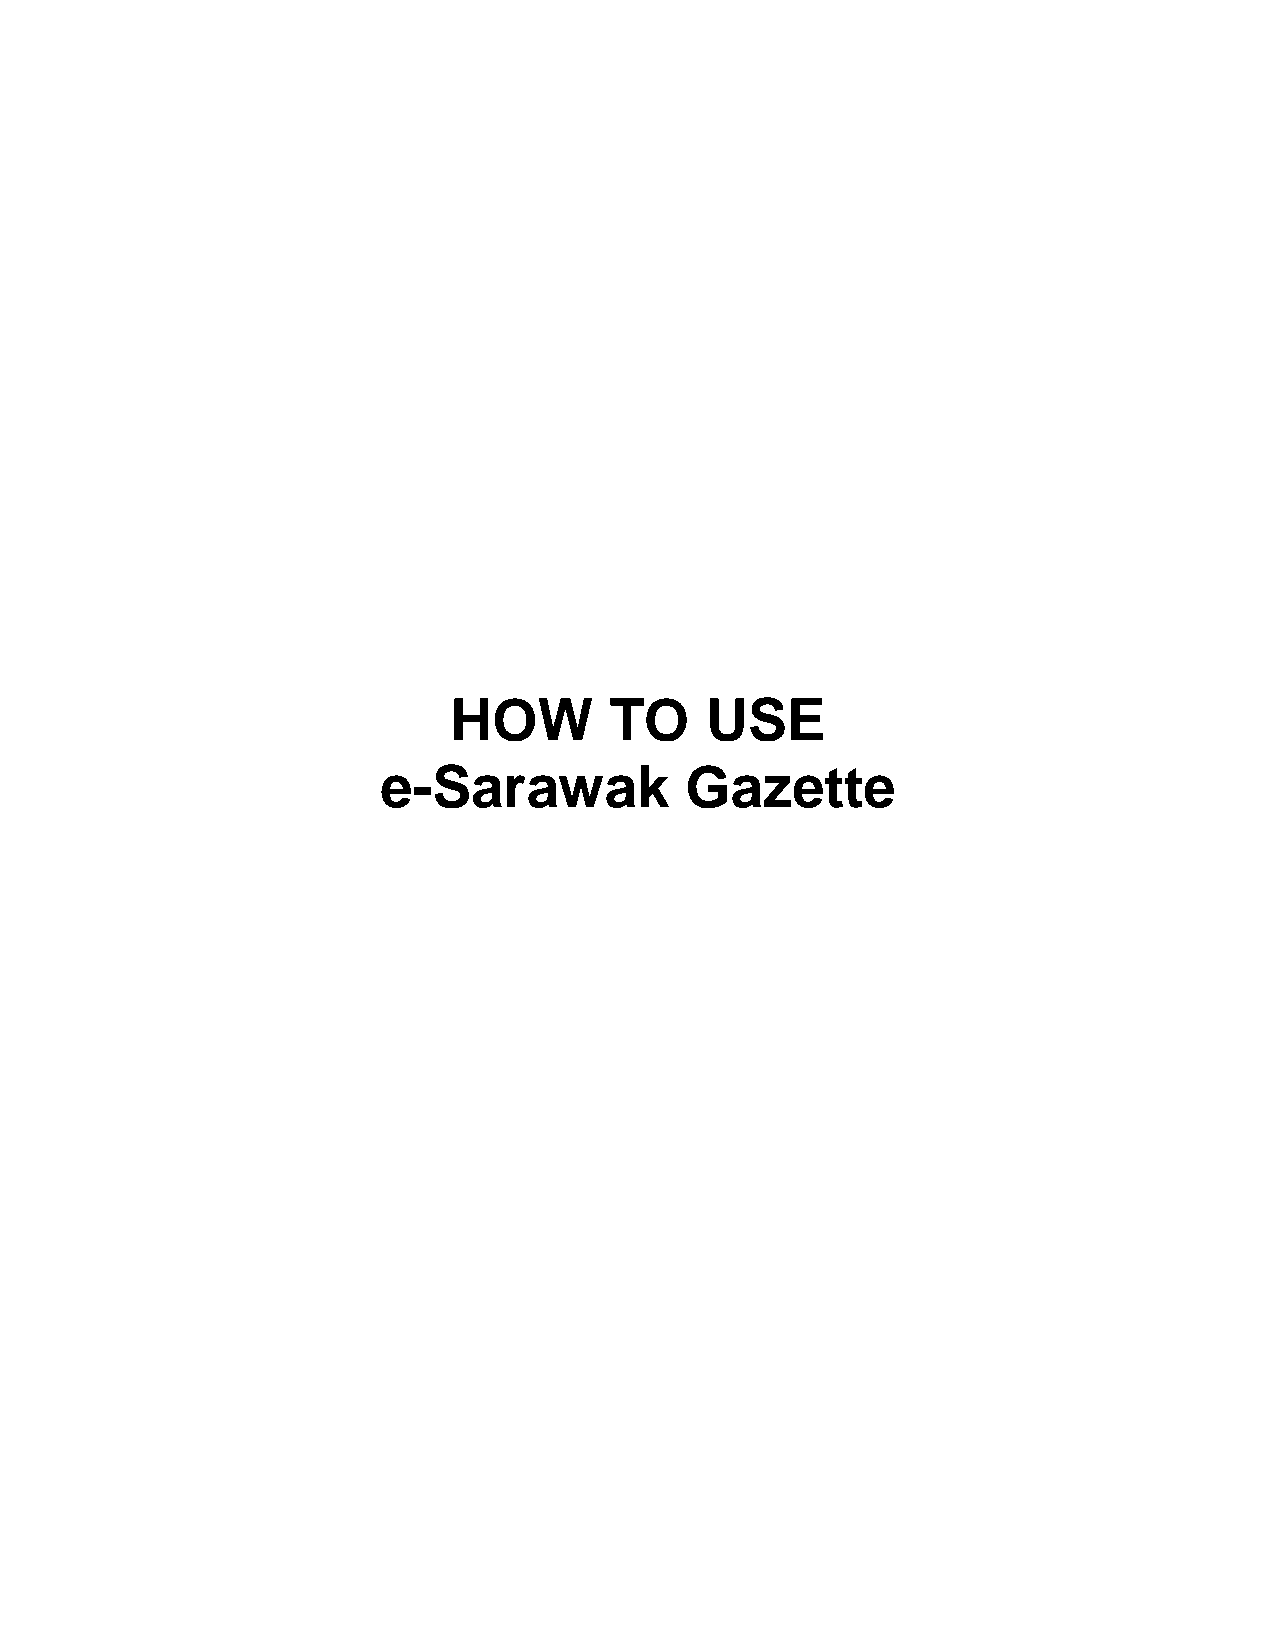
HOW       TO     USE
 e-Sarawak           Gazette